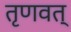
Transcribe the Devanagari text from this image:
तृणवत्